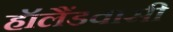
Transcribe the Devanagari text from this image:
हॉलैंडवासी